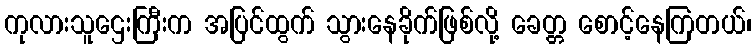
ကုလားသူဌေးကြီးက အပြင်ထွက် သွားနေခိုက်ဖြစ်လို့ ခေတ္တ စောင့်နေကြတယ်၊